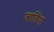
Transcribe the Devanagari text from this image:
जातिंगा